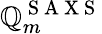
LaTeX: \mathbb{Q}_{m}^{\mathrm{{~S~A~X~S~}}}